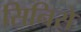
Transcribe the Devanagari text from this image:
सिनिसे